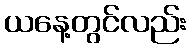
ယနေ့တွင်လည်း